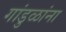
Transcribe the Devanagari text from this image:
गांडुळांना